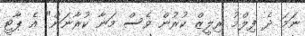
ނަމަ ދެ ފިލްމު ރިލީޒް ކުރުން ވެސް މަނާ ކުރާނަން" އެ ޕާޓީ